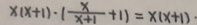
x ( x + 1 ) - ( \frac { x } { x + 1 } + 1 ) = x ( x + 1 ) \cdot